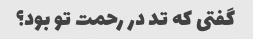
گفتی که تد در رحمت تو بود؟